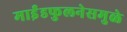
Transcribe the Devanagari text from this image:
माईंडफुलनेसमुळे